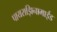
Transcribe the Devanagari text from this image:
पायराझिनामाईड